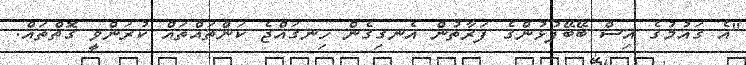
"އެ ގައުމުގެ އިސް ބޭބޭފުޅުންގެ ފަރާތުން އެނގިގެން ހިނގައްޖެ ކަންތައްތައް ކުރަންވީ ގޮތްތައް.